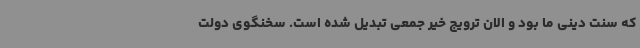
که سنت دینی ما بود و الان ترویج خیر جمعی تبدیل شده است. سخنگوی دولت